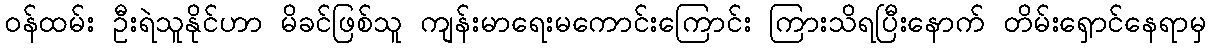
ဝန်ထမ်း ဦးရဲသူနိုင်ဟာ မိခင်ဖြစ်သူ ကျန်းမာရေးမကောင်းကြောင်း ကြားသိရပြီးနောက် တိမ်းရှောင်နေရာမှ